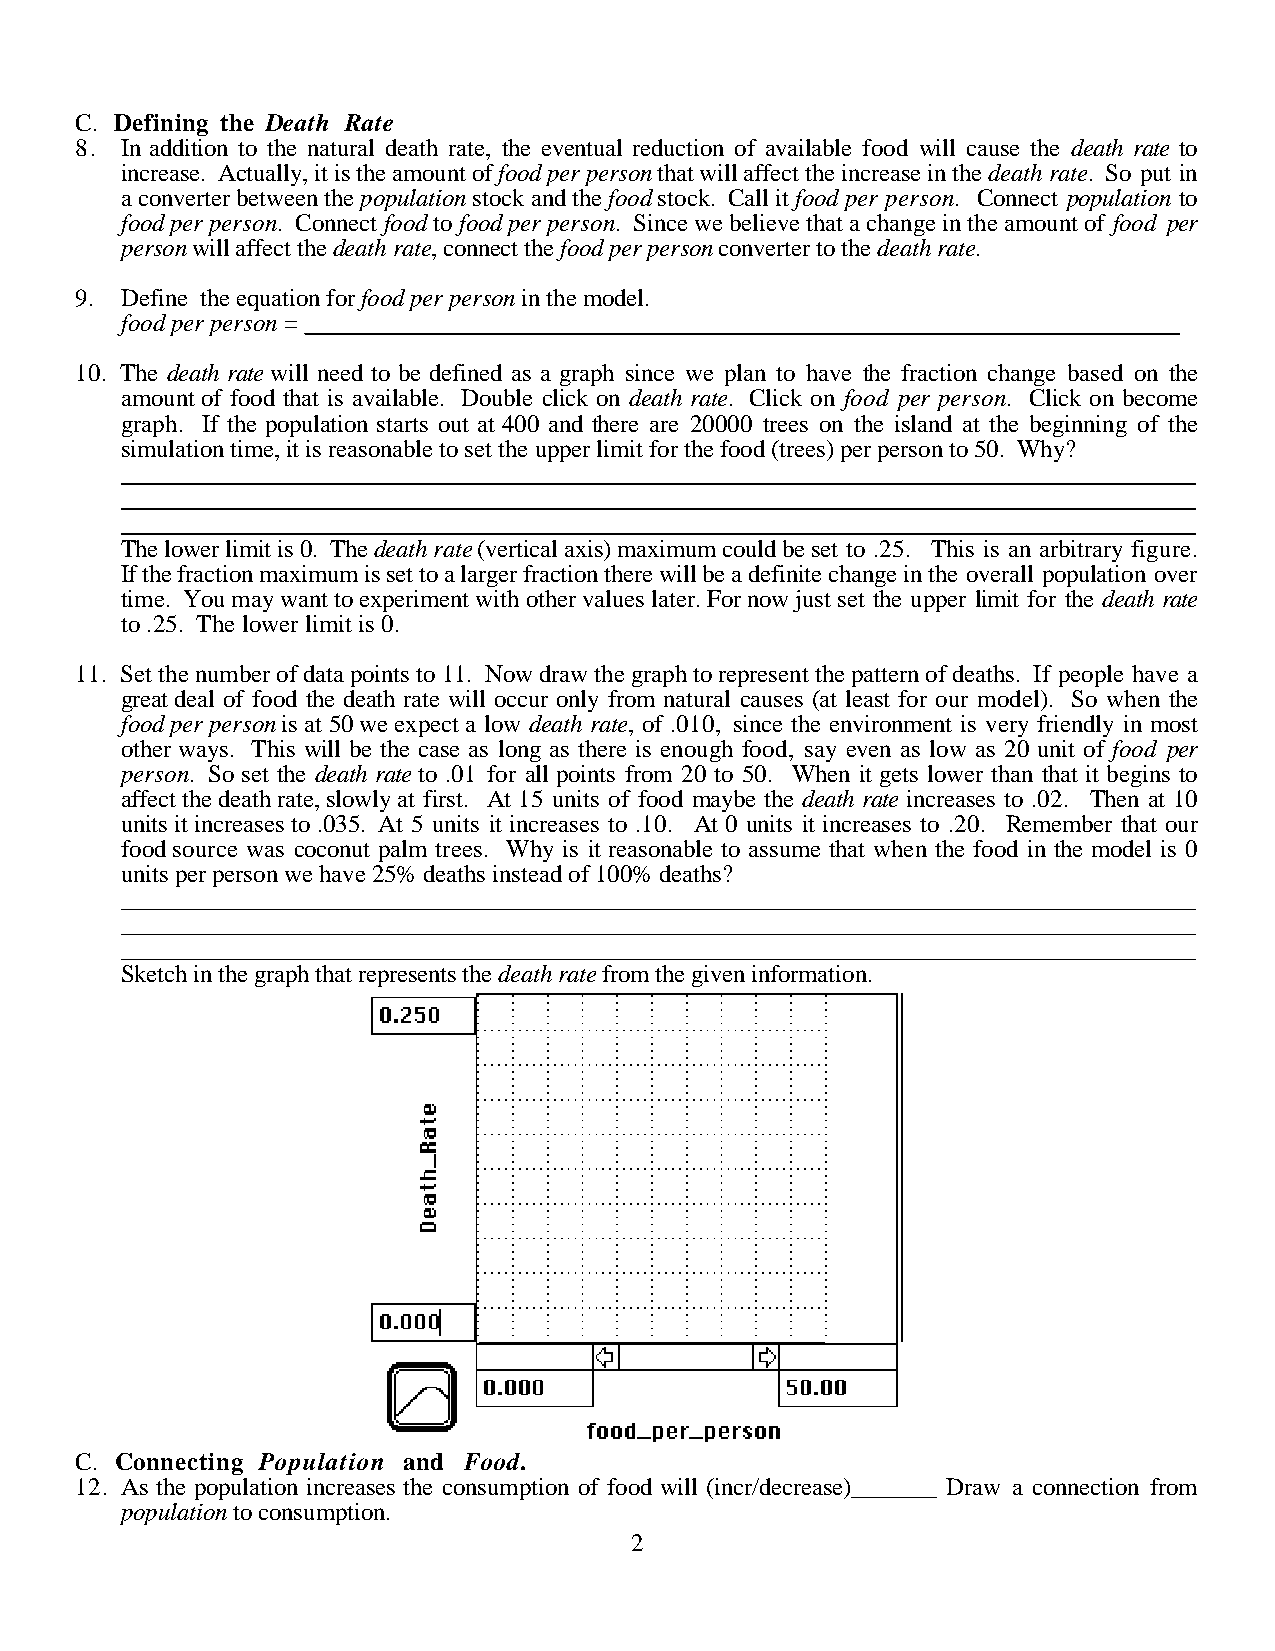
C. Defining the Death Rate
 8. In addition to the natural death rate, the eventual reduction of available food will cause the death rate to
 increase. Actually, it is the amount of food per person that will affect the increase in the death rate. So put in
 a converter between the population stock and the food stock. Call it food per person. Connect population to
 food per person. Connect food to food per person. Since we believe that a change in the amount of food per
 person will affect the death rate, connect the food per person converter to the death rate.
 9. Define the equation for food per person in the model.
 food per person = _ _____________________________________________________________________
 10. The death rate will need to be defined as a graph since we plan to have the fraction change based on the
 amount of food that is available. Double click on death rate. Click on food per person. Click on become
 graph. If the population starts out at 400 and there are 20000 trees on the island at the beginning of the
 simulation time, it is reasonable to set the upper limit for the food (trees) per person to 50. Why?
 _ _____________________________________________________________________________________
 _ _____________________________________________________________________________________
 _ _____________________________________________________________________________________
 The lower limit is 0. The death rate (vertical axis) maximum could be set to .25. This is an arbitrary figure.
 If the fraction maximum is set to a larger fraction there will be a definite change in the overall population over
 time. You may want to experiment with other values later. For now just set the upper limit for the death rate
 to .25. The lower limit is 0.
 11. Set the number of data points to 11. Now draw the graph to represent the pattern of deaths. If people have a
 great deal of food the death rate will occur only from natural causes (at least for our model). So when the
 food per person is at 50 we expect a low death rate, of .010, since the environment is very friendly in most
 other ways. This will be the case as long as there is enough food, say even as low as 20 unit of food per
 person. So set the death rate to .01 for all points from 20 to 50. When it gets lower than that it begins to
 affect the death rate, slowly at first. At 15 units of food maybe the death rate increases to .02. Then at 10
 units it increases to .035. At 5 units it increases to .10. At 0 units it increases to .20. Remember that our
 food source was coconut palm trees. Why is it reasonable to assume that when the food in the model is 0
 units per person we have 25% deaths instead of 100% deaths?
 _ _____________________________________________________________________________________
 _ _____________________________________________________________________________________
 _ _____________________________________________________________________________________
 Sketch in the graph that represents the death rate from the given information.
 C. Connecting Population and Food.
 12. As the population increases the consumption of food will (incr/decrease)_______ Draw a connection from
 population to consumption.
 2